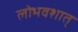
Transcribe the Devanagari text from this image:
लोभवशात्